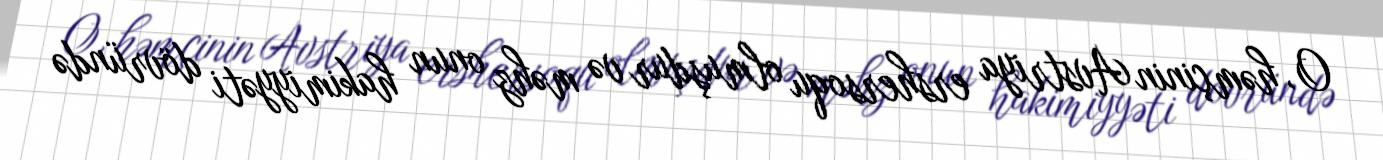
O, həmçinin Avstriya ershersoqu olmuşdur və məhz onun hakimiyyəti dövründə